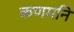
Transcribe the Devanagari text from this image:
कणमनि